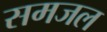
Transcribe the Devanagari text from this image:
समजल